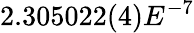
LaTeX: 2.305022(4)E^{-7}